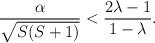
LaTeX: \begin{align*}\frac{\alpha}{\sqrt{S(S+1)}} < \frac{2\lambda -1}{1-\lambda}.\end{align*}